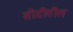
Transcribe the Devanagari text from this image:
सीडीतील